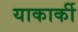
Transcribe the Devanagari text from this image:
याकार्की